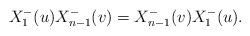
LaTeX: \begin{align*}X_{1}^{-}(u)X_{n-1}^{-}(v)=X_{n-1}^{-}(v)X_{1}^{-}(u).\end{align*}